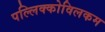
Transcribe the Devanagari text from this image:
पल्लिक्कोविलकम